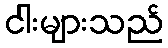
ငါးများသည်